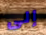
إلى